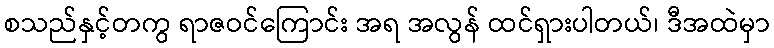
စသည်နှင့်တကွ ရာဇဝင်ကြောင်း အရ အလွန် ထင်ရှားပါတယ်၊ ဒီအထဲမှာ